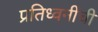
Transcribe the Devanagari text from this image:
प्रतिध्वनींची